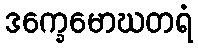
ဒက္ခေမောဃတရံ